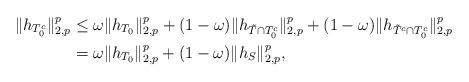
LaTeX: \begin{align*}\lVert h_{T_0^c}\rVert_{2,p}^p&\leq \omega\lVert h_{T_0}\rVert_{2,p}^p+(1-\omega)\lVert h_{\tilde{T}\cap T_0^c}\rVert_{2,p}^p+(1-\omega)\lVert h_{\tilde{T}^c\cap T_0^c}\rVert_{2,p}^p \\&=\omega\lVert h_{T_0}\rVert_{2,p}^p+(1-\omega)\lVert h_S\rVert_{2,p}^p,\end{align*}